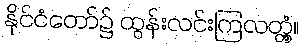
နိုင်ငံတော်၌ ထွန်းလင်းကြလတ္တံ့။